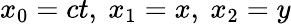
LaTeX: x_{0}=ct,\ x_{1}=x,\ x_{2}=y